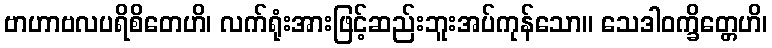
ဗာဟာဗလပရိစိတေဟိ၊ လက်ရုံးအားဖြင့်ဆည်းဘူးအပ်ကုန်သော။ သေဒါဝက္ခိတ္တေဟိ၊